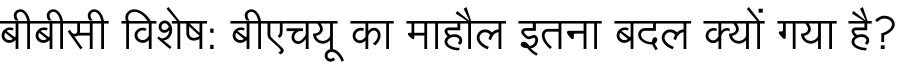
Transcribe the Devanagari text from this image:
बीबीसी विशेष: बीएचयू का माहौल इतना बदल क्यों गया है?